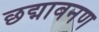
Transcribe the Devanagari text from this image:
छद्मावनण